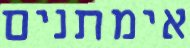
אימתנים